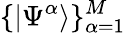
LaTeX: \{ |\Psi^{\alpha}\rangle\} _{\alpha=1}^{M}